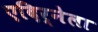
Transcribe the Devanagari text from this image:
एदिर्नेला